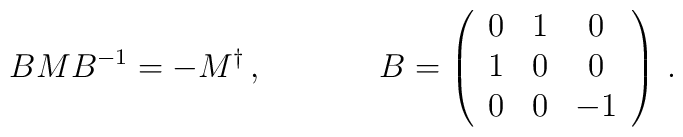
\begin{array}{cc}BMB^{-1}=-M^{\dagger}\,,~~~~&~~~~B=\left(\begin{array}{ccc}                 0&1&0\\                  1&0&0\\                 0&0&-1              \end{array}\right)\,.\end{array}